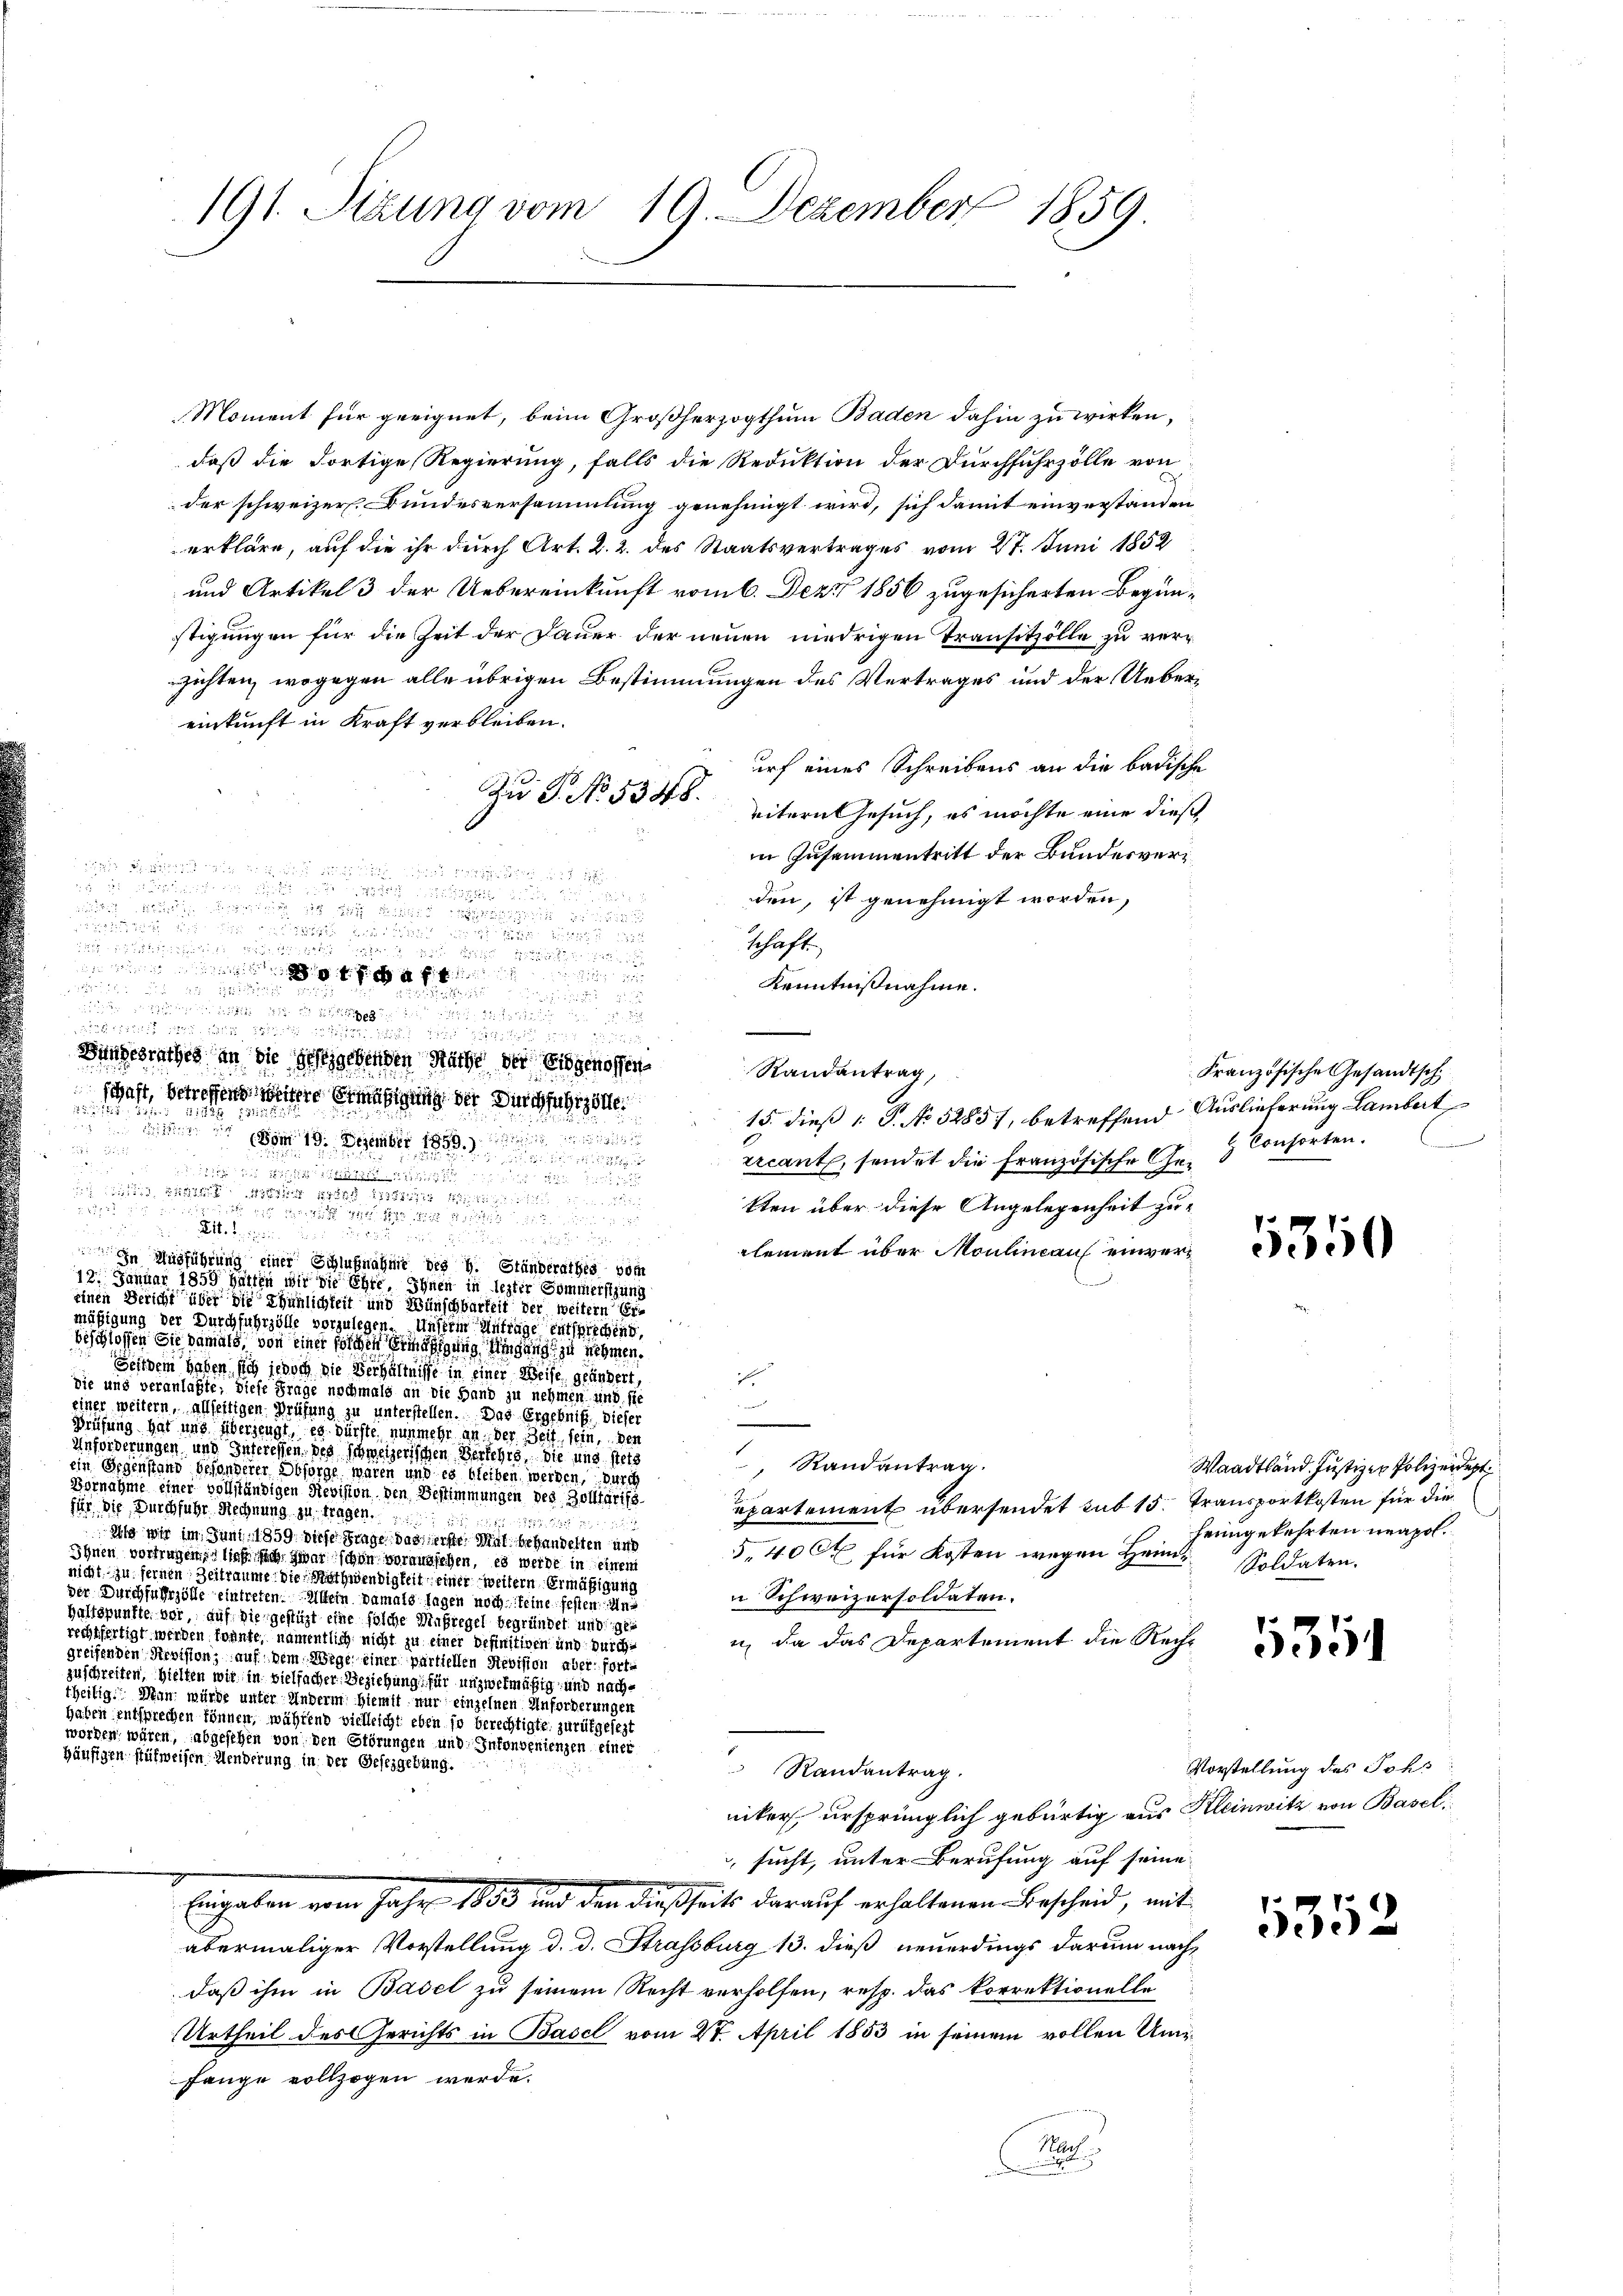
Moment für geeignet, beim Großherzogthum Baden dahin zu wirken,
daß die dortige Regierung, falls die Reduktion der Durchfuhrzölle von
der schweizer. Bundesversammlung genehmigt wird, sich damit einverstanden
erkläre, auf die ihr durch Art. 2. 2. des Staatsvertrages vom 27. Juni 1852
und Artikel 3 der Uebereinkunft vom 6. Dez. 1856 zugesicherten Begünstigungen für die Zeit der Dauer der neuen niedrigen Transitzölle zu verzichten, wogegen alle übrigen Bestimmungen des Vertrages und der Uebereinkunft in Kraft verbleiben.
urf eines Schreibens an die badische
Zu P. No. 5348.
reitern Gesuch, es möchte eine diese
in Zusammentritt der Bundesveruch da sie sie ich

 ist an
den, ist genehmigt worden,
127 der du

schäft,
aher

Kenntnißnahme.

dig erst 1890 des 18. 2

Bundesrathes an die gestgehenden Nacht der Eidgenossen
Randantrag,
schaft, betreffend weitere Ermäßigung der Durchfuhrzölle
 S
15. dieß P. No 5285), betreffend Auslieferung Lambert
 vom 19. Dezember 1859.
u
ercant, sendet die französische Ge-  Consorten.

tie der Richtiger in d
 Wüstig ist es in des zum
tten über diese Angelegenheit zu¬
 82785
                 den
und den den ein

lement über Moulineaus einver¬
In Ausführung einer Schlußnahme des H. Ständerathes vom
12. Januar 1850 halten wir die Ehre, Ihnen in lezter Sommersitzung
einen Gericht über die thunlichkeit und Wünschbarkeit der weitern
mäßigung der Durchfuhrzölle vorzulegen. Unserm Antrage entsprechend,
beschlossen Sie damals, von einer solchen Ermäßigung dingung zu nehmen.
Seitdem haben sich jedoch die Verhältnisse in einer Weise geändert,
e
Sie und veranlaßte, diese Frage nochmals an die Hand zu nehmen und sie
t
einer weitern, allseitigen Prüfung zu unterstellen. Das Ergebniß, dieser

Prüfung gut und überzeugt, es dürfte nunmehr an der Zeit sein, den
Unforderungen und Interessen, des schweizerischen Verkehrs, die und stets
 Randantrag.
ein Gegenstand besonderer Obsorge waren und es bleiben werden, durch
Vornahme einer vollständigen Revision den Bestimmungen des Zolligriss
epartement übersendet sub 15. Transportkosten für die
für die Durchführ Rechnung zu tragen.
 in der
Es wir im Juni 1859 diese Frage das erste Mal behandelten und
5.40 Ct für Kosten wegen Heim Soldaten.
Ihnen vortragen lief sich zwar schon voraussehen, es werde in einem
nicht zu fernen Zeiträume die Rathwendigkeit einer weitern Ermäßigung
 Schweizersoldaten.
der Durchfuhrzölle eintreten. Allein damals lagen noch keine festen. Und
haltspunkte vor, auf die gestüzt eine solche Maßregel begründet und gerechtfertigt werden konnte, namentlich nicht zu einer befinitiven und durch¬
u da das Departement die Reihe
greifenden Revision, auf dem Wege einer partiellen Revision aber fortzuschreiten, hielten wir in vielfacher Beziehung, für unzwekmäßig, und nachtzeitig. Man würde unter Anderm hiemit nur einzelnen Anforderungen
haben entsprechen können, während vielleicht eben so berechtigte zurükgesezt
worden wären, abgesehen von den Störungen und Inkonvenienzen einer
häufigen frühweisen Menderung in der Gesezgebung.
Randantrag.
niker ursprünglich gebürtig aus Kleinwitz von Basel
 sucht, unter Berufung auf seine
Eingaben vom Jahr 1883 und den dießseits darauf erhaltenen Bescheid, mit
abermaliger Vorstellung d. d. Strassburg 13. dieß neuerdings darum nachdaß ihm in Basel zu seinem Recht verholfen, resp. das korrektionelle
Urtheil des Gerichts in Basel vom 27. April 1853 in seinem vollen Umfange vollzogen werde.
1
2

191. Stzung vom 19. Dezember 1859.

nenden
d
isten in die bei d

est mit den den

Französische Gesandtsch

1350

Waadtland Justizen Polizeidept
heimgekehrten neapol.

5351

Vorstellung des Johs

5352